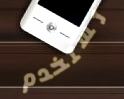
تستخدم